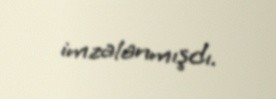
imzalanmışdı.